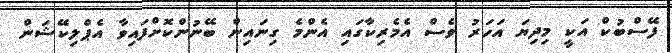
ފޭސްބުކް އަކީ މިދިޔަ އަހަރު ވެސް އެމެރިކާގައި އެންމެ ގިނައިން ބޭނުންކޮށްފައިވާ އެޕްލިކޭޝަން